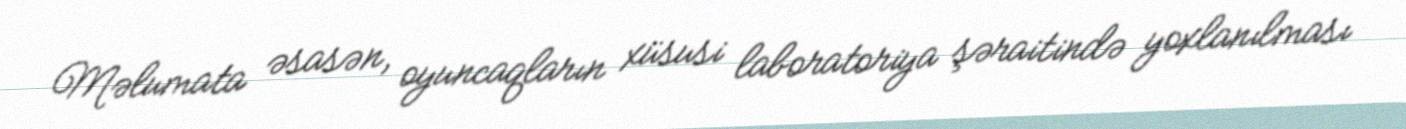
Məlumata əsasən, oyuncaqların xüsusi laboratoriya şəraitində yoxlanılması